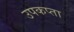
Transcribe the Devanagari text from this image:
उपकप्ता